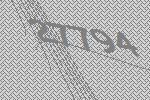
27794